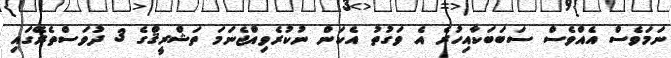
ނަމަވެސް އެއްވެސް ސަބަބަކާއިހުރެ އެ ވަގުތު އެކަން ނުކުރެވިއްޖެނަމަ ތަޝްރީޤްގެ 3 ދުވަސްތެރޭގައި